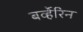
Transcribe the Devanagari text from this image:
बर्व्हेरिन